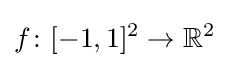
f\colon [-1,1]^{2}\to \mathbb {R} ^{2}